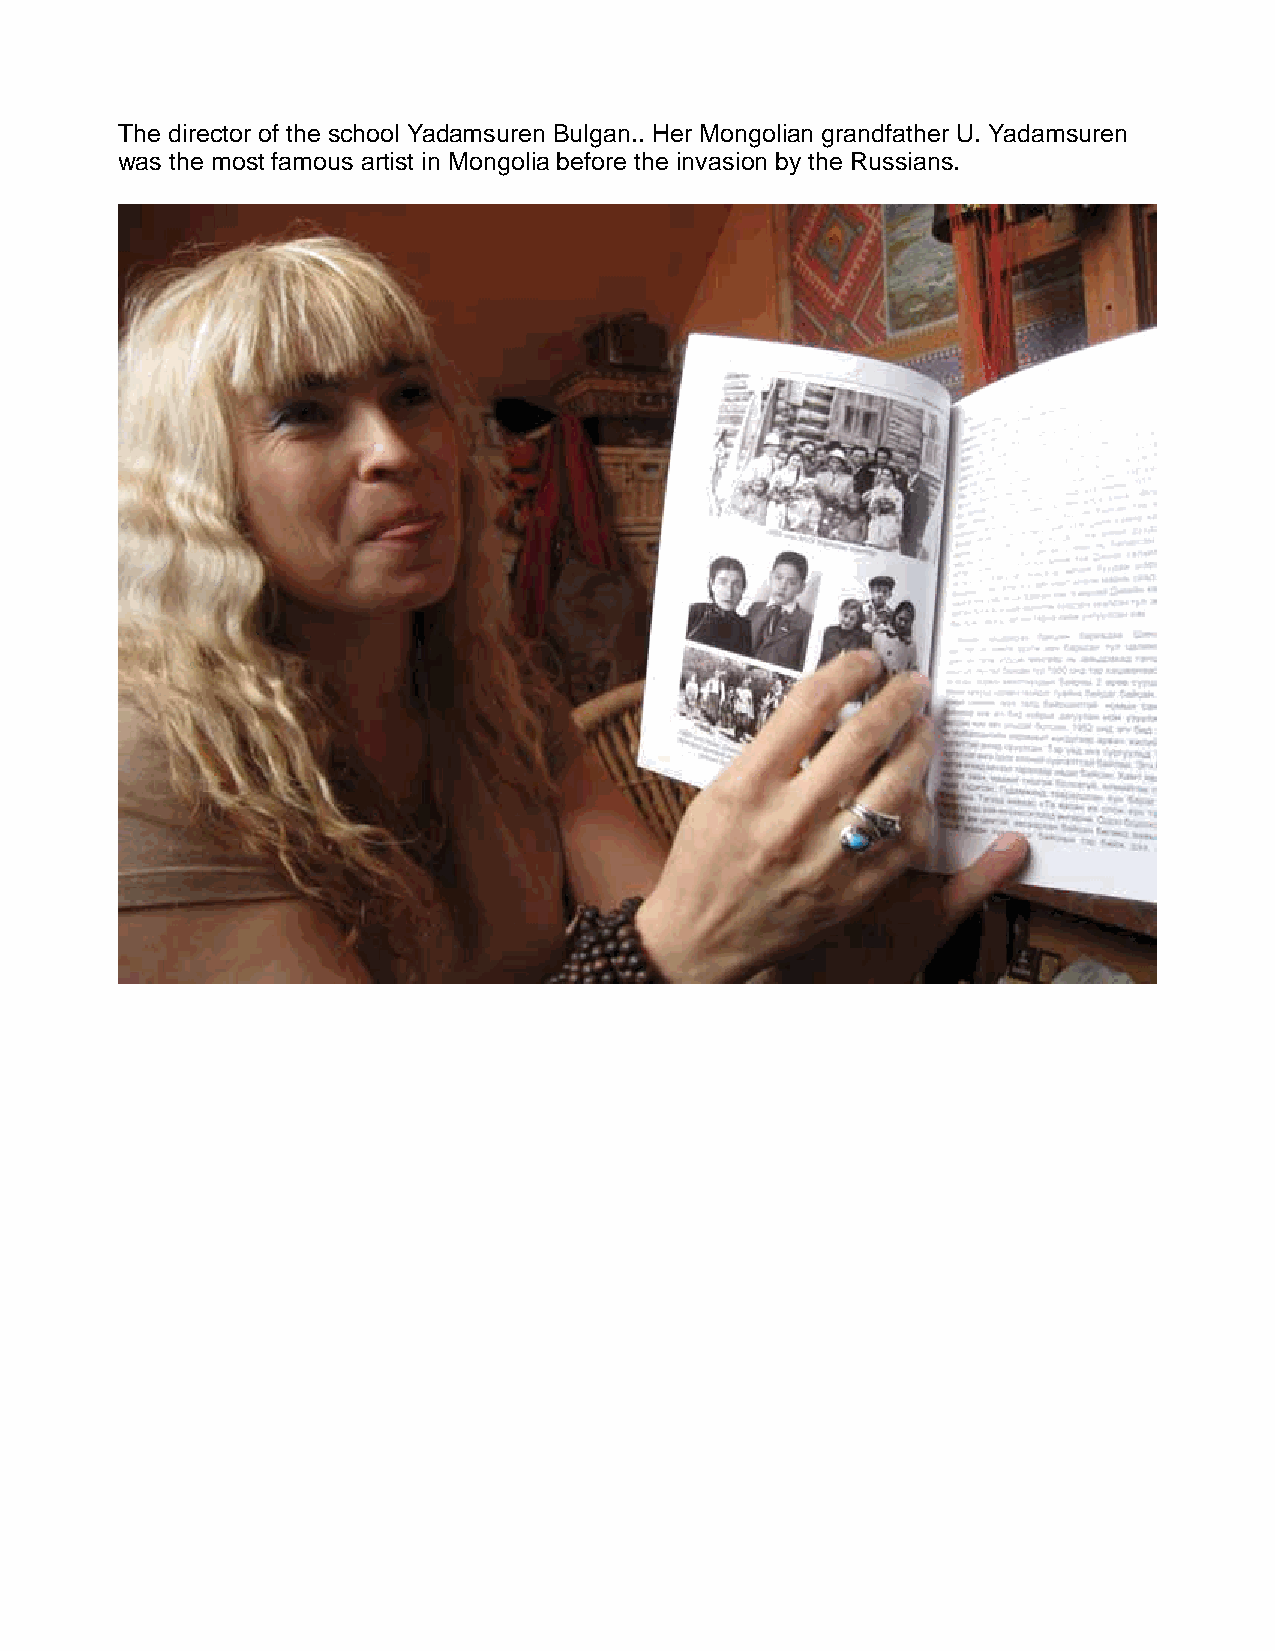
The director of the school Yadamsuren Bulgan.. Her Mongolian grandfather U. Yadamsuren
 was the most famous artist in Mongolia before the invasion by the Russians.